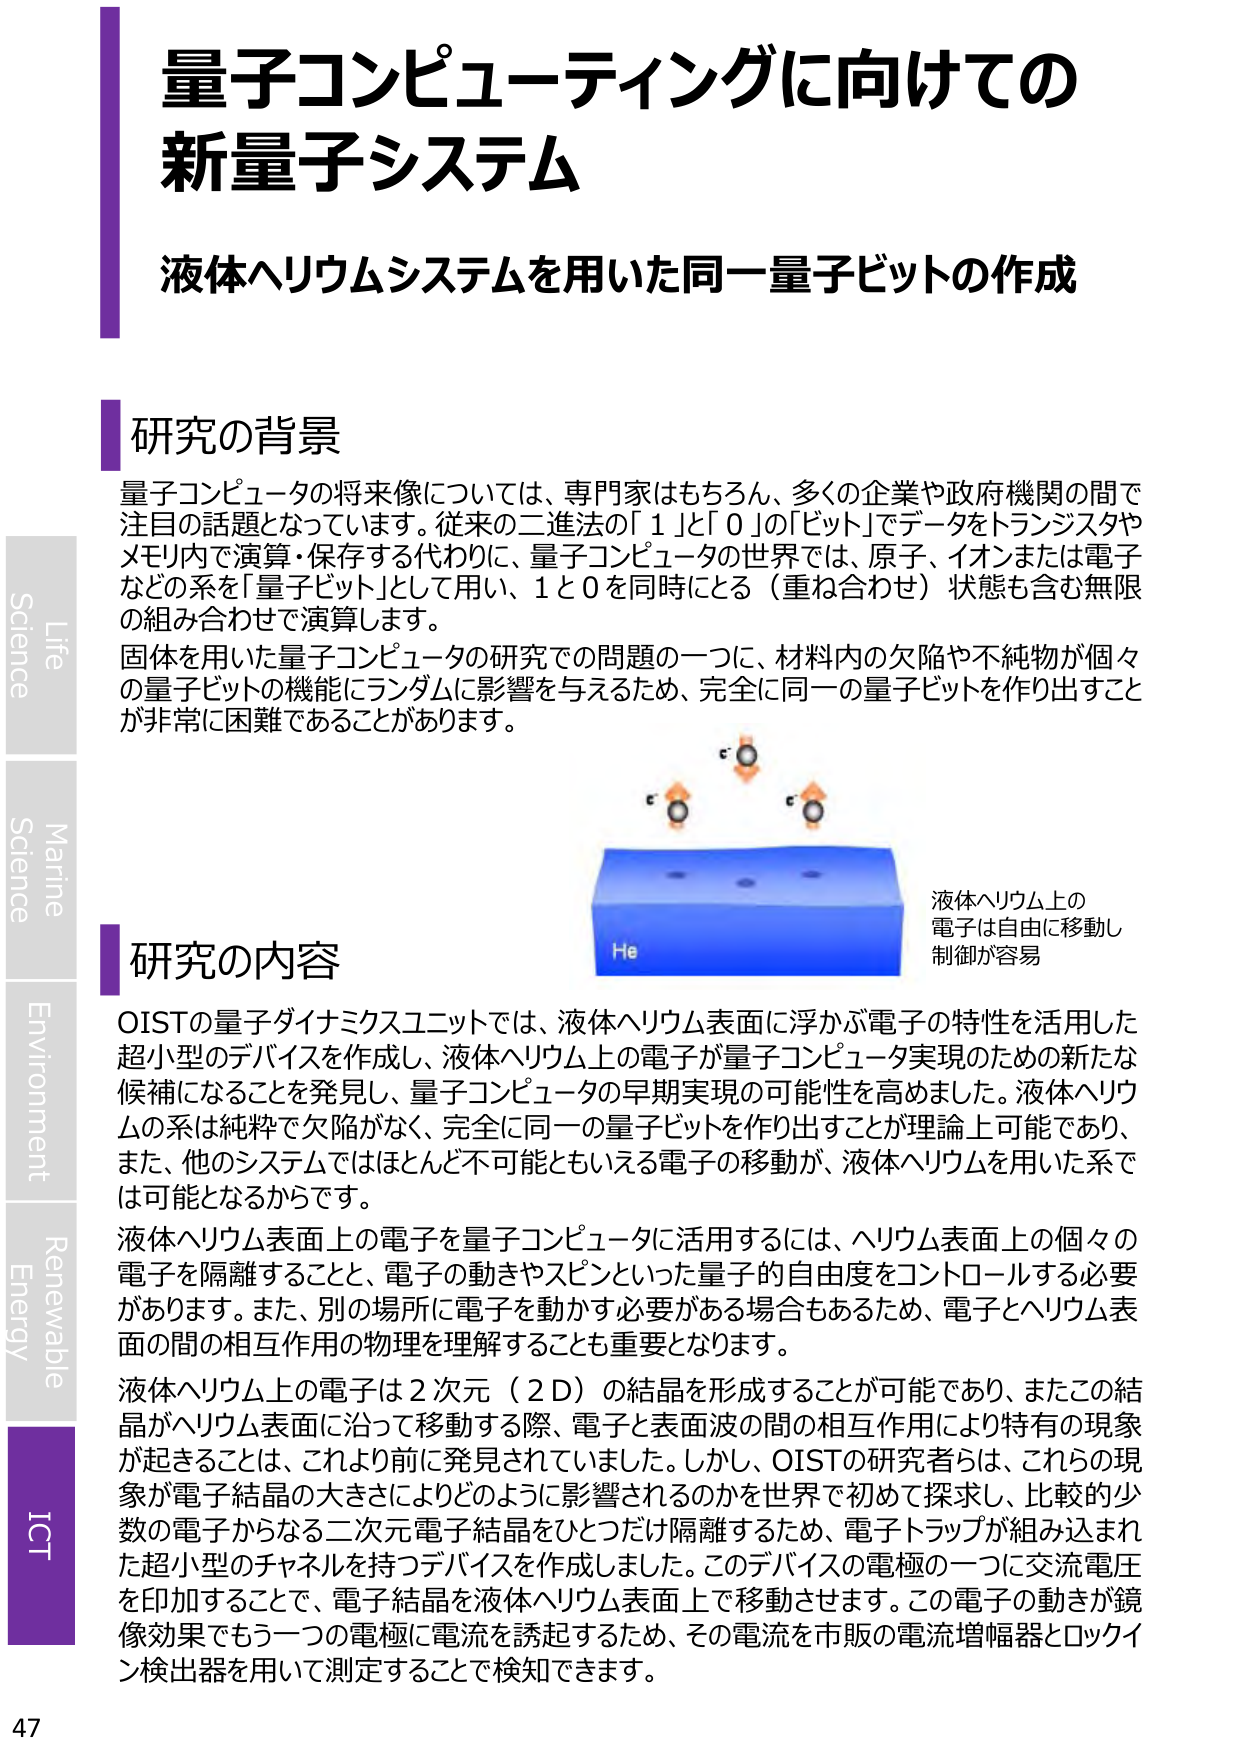
量子コンピューティングに向けての
新量子システム

液体ヘリウムシステムを用いた同一量子ビットの作成

研究の背景
量子コンピュータの将来像については、専門家はもちろん、多くの企業や政府機関の間で注目の話題となっています。従来の二進法の「1」と「0」の「ビット」でデータをトランジスタやメモリ内で演算・保存する代わりに、量子コンピュータの世界では、原子、イオンまたは電子などの系を「量子ビット」として用い、1と0を同時にとる（重ね合わせ）状態も含む無限の組み合わせで演算します。
固体を用いた量子コンピュータの研究での問題の一つに、材料内の欠陥や不純物が個々の量子ビットの機能にランダムに影響を与えるため、完全に同一の量子ビットを作り出すことが非常に困難であることがあります。

研究の内容
OISTの量子ダイナミクスユニットでは、液体ヘリウム表面に浮かぶ電子の特性を活用した超小型のデバイスを作成し、液体ヘリウム上の電子が量子コンピュータ実現のための新たな候補になることを発見し、量子コンピュータの早期実現の可能性を高めました。液体ヘリウムの系は純粋で欠陥がなく、完全に同一の量子ビットを作り出すことが理論上可能であり、また、他のシステムではほとんど不可能ともいえる電子の移動が、液体ヘリウムを用いた系では可能となるからです。
液体ヘリウム表面上の電子を量子コンピュータに活用するには、ヘリウム表面上の個々の電子を隔離することと、電子の動きやスピンといった量子的自由度をコントロールする必要があります。また、別の場所に電子を動かす必要がある場合もあるため、電子とヘリウム表面の間の相互作用の物理を理解することも重要となります。
液体ヘリウム上の電子は2次元（2D）の結晶を形成することが可能であり、またこの結晶がヘリウム表面に沿って移動する際、電子と表面波の間の相互作用により特有の現象が起きることは、これより前に発見されていました。しかし、OISTの研究者らは、これらの現象が電子結晶の大きさによりどのように影響されるのかを世界で初めて探求し、比較的少数の電子からなる二次元電子結晶をひとつだけ隔離するため、電子トラップが組み込まれた超小型のチャネルを持つデバイスを作成しました。このデバイスの電極の一つに交流電圧を印加することで、電子結晶を液体ヘリウム表面上で移動させます。この電子の動きが鏡像効果でもう一つの電極に電流を誘起するため、その電流を市販の電流増幅器とロックイン検出器を用いて測定することで検知できます。

液体ヘリウム上の
電子は自由に移動し
制御が容易

He

Life
Science
Marine
Science
Environment
Renewable
Energy
ICT

47